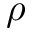
\rho